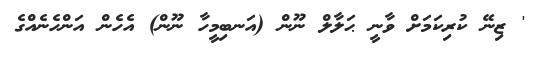
' ޒިނޭ ކުރިކަމަށް ވާނީ ޙަލާލް ނޫން (އަނބިމީހާ ނޫން) އެހެން އަންހެނެއްގެ